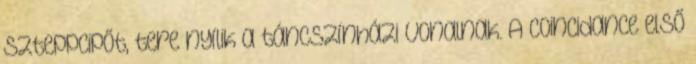
szteppcipőt, tere nyílik a táncszínházi vonalnak. A Coincidance első